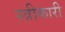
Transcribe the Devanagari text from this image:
स्त्रीकारी